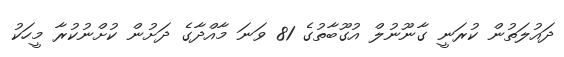
ދައުލަތުން ކުރަނީ ގާނޫނުލް އުގޫބާތުގެ 81 ވަނަ މާއްދާގެ ދަށުން ކުށްނުކުރާ މީހަކު